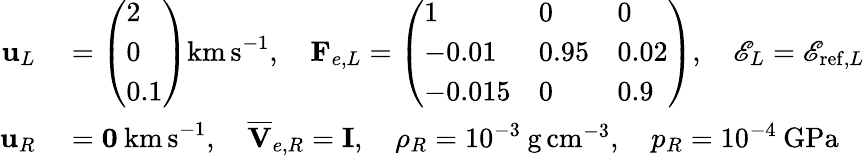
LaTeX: \begin{array}{rl}{\mathbf{u}_{L}}&{{}=\left(\begin{array}{l}{2}\\ {0}\\ {0.1}\end{array}\right)\mathrm{km\, s}^{-1},\quad\mathbf{F}_{e,L}=\left(\begin{array}{lll}{1}&{0}&{0}\\ {-0.01}&{0.95}&{0.02}\\ {-0.015}&{0}&{0.9}\end{array}\right),\quad\mathscr{E}_{L}=\mathscr{E}_{\mathrm{ref},L}}\\ {\mathbf{u}_{R}}&{{}=\mathbf{0}\: \mathrm{km\, s}^{-1},\quad\overline{{\mathbf{V}}}_{e,R}=\mathbf{I},\quad\rho_{R}=10^{-3}\: \mathrm{g\, cm}^{-3},\quad p_{R}=10^{-4}\: \mathrm{GPa}}\end{array}